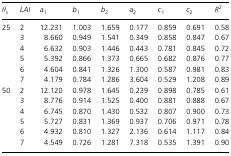
<table><thead><tr><td><b><i>θ</i><sub>s</sub></b></td><td><b><i>LAI</i></b></td><td><b><i>a</i><sub>1</sub></b></td><td><b><i>b</i><sub>1</sub></b></td><td><b><i>b</i><sub>2</sub></b></td><td><b><i>a</i><sub>2</sub></b></td><td><b><i>c</i><sub>1</sub></b></td><td><b><i>c</i><sub>2</sub></b></td><td><b><i>R</i><sup>2</sup></b></td></tr></thead><tbody><tr><td rowspan="6">25</td><td>2</td><td>12.231</td><td>1.003</td><td>1.659</td><td>0.177</td><td>0.859</td><td>0.691</td><td>0.58</td></tr><tr><td>3</td><td>8.660</td><td>0.949</td><td>1.541</td><td>0.349</td><td>0.858</td><td>0.847</td><td>0.67</td></tr><tr><td>4</td><td>6.632</td><td>0.903</td><td>1.446</td><td>0.443</td><td>0.781</td><td>0.845</td><td>0.72</td></tr><tr><td>5</td><td>5.392</td><td>0.866</td><td>1.373</td><td>0.665</td><td>0.682</td><td>0.876</td><td>0.77</td></tr><tr><td>6</td><td>4.604</td><td>0.841</td><td>1.326</td><td>1.300</td><td>0.587</td><td>0.981</td><td>0.83</td></tr><tr><td>7</td><td>4.179</td><td>0.784</td><td>1.286</td><td>3.604</td><td>0.529</td><td>1.208</td><td>0.89</td></tr><tr><td rowspan="6">50</td><td>2</td><td>12.120</td><td>0.978</td><td>1.645</td><td>0.239</td><td>0.898</td><td>0.785</td><td>0.61</td></tr><tr><td>3</td><td>8.776</td><td>0.914</td><td>1.525</td><td>0.400</td><td>0.881</td><td>0.888</td><td>0.67</td></tr><tr><td>4</td><td>6.745</td><td>0.870</td><td>1.430</td><td>0.532</td><td>0.807</td><td>0.900</td><td>0.73</td></tr><tr><td>5</td><td>5.727</td><td>0.831</td><td>1.369</td><td>0.937</td><td>0.706</td><td>0.971</td><td>0.78</td></tr><tr><td>6</td><td>4.932</td><td>0.810</td><td>1.327</td><td>2.136</td><td>0.614</td><td>1.117</td><td>0.84</td></tr><tr><td>7</td><td>4.549</td><td>0.726</td><td>1.281</td><td>7.318</td><td>0.535</td><td>1.391</td><td>0.90</td></tr></tbody></table>